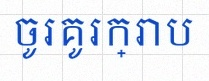
ចូរគូរក្រាប